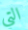
التي